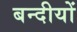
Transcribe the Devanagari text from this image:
बन्दीयों